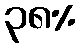
၃၈%